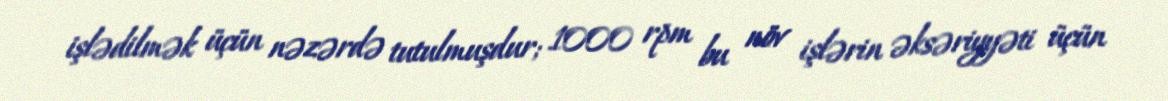
işlədilmək üçün nəzərdə tutulmuşdur; 1000 rpm bu növ işlərin əksəriyyəti üçün